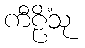
ကီဠိံသု